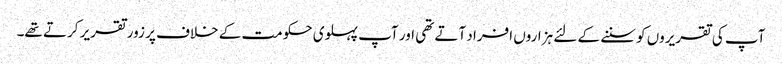
آپ کی تقریروں کو سننے کے لئے ہزاروں افراد آتے تھی اور آپ پہلوی حکومت کے خلاف پر زور تقریر کرتے تھے۔